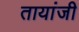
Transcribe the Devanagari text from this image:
तायांजी